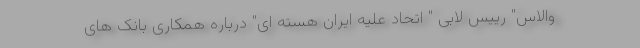
والاس" رییس لابی " اتحاد علیه ایران هسته ای" درباره همکاری بانک های